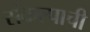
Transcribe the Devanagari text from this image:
संकल्पाची